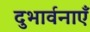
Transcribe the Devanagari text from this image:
दुभार्वनाएँ